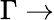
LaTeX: \Gamma\rightarrow